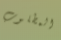
المطلوب